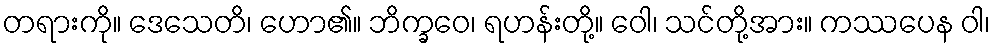
တရားကို။ ဒေသေတိ၊ ဟော၏။ ဘိက္ခဝေ၊ ရဟန်းတို့။ ဝေါ၊ သင်တို့အား။ ကဿပေန ဝါ၊